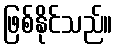
ဖြစ်နိုင်သည်။